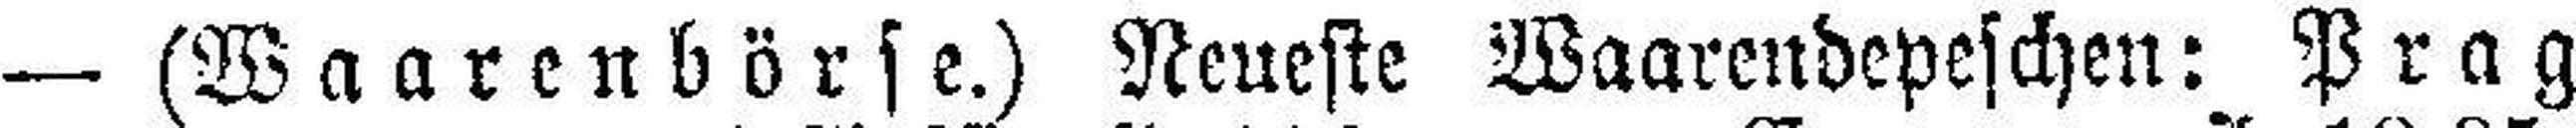
— (Waarenbörse.) Neueste Waarendepeschen: Prag